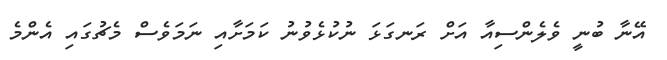
އޭނާ ބުނީ ވެލެންސިއާ އަށް ރަނގަޅަ ނުކުޅެވުނު ކަމަށާއި ނަމަވެސް މެޗުގައި އެންމެ